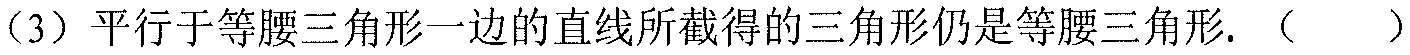
（3）平行于等腰三角形一边的直线所截得的三角形仍是等腰三角形.（  ）